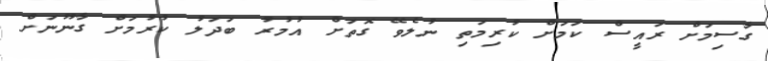
ގާސިމަށް ރައީސް ކަމަށް ކުރިމަތި ނުލެވޭ ގޮތަށް އުމުރު ބަދަލު ކުރުމަށް ގާނޫނަށް